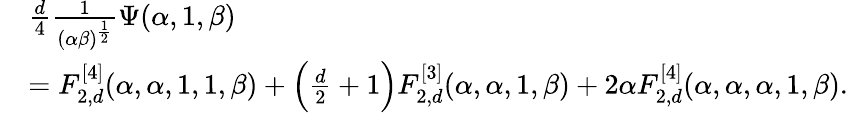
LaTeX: \begin{array}{rl}&{\frac{d}{4}\frac{1}{(\alpha\beta)^{\frac 12}}\Psi(\alpha,1,\beta)}\\ &{=F_{2,d}^{[4]}(\alpha,\alpha,1,1,\beta)+\Big(\frac{d}{2}+1\Big)F_{2,d}^{[3]}(\alpha,\alpha,1,\beta)+2\alpha F_{2,d}^{[4]}(\alpha,\alpha,\alpha,1,\beta).}\end{array}